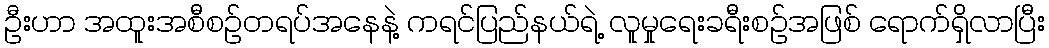
ဦးဟာ အထူးအစီစဉ်တရပ်အနေနဲ့ ကရင်ပြည်နယ်ရဲ့ လူမှုရေးခရီးစဉ်အဖြစ် ရောက်ရှိလာပြီး